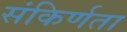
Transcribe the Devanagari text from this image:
संकिर्णता